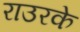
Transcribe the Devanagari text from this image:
राउरके